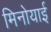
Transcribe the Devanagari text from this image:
मिनोयाई